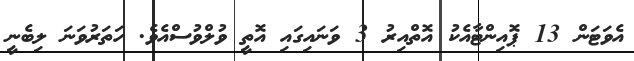
އެވަޓަން 13 ޕޮއިންޓާއެކު އޮތްއިރު 3 ވަނައިގައި އޮތީ ވުލްވުސްއެވެ. ހަތަރުވަނަ ލިބެނީ